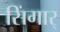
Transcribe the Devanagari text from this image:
सिंगार्